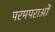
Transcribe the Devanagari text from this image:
परमपराओं